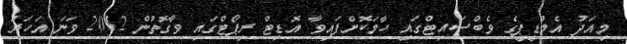
މިއަދު އެމްޑީޕީގެ ވެބްސައިޓްގައި ހާމަކޮށްފައިވާ އޮޑިޓް ރިޕޯޓްގައި ވާގޮތުން 2012 ވަނަ އަހަރު